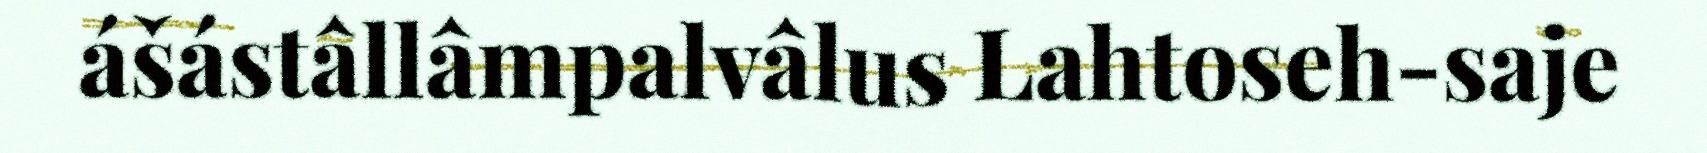
ášástâllâmpalvâlus Lahtoseh-saje